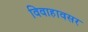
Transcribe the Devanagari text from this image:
विवाहावसर